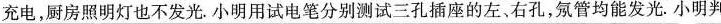
充电，厨房照明灯也不发光。小明用试电笔分别测试三孔插座的左、右孔，氖管均能发光。小明判